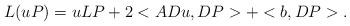
LaTeX: \begin{align*}L(uP)= u LP + 2 <A Du,DP> + <b,DP>.\end{align*}